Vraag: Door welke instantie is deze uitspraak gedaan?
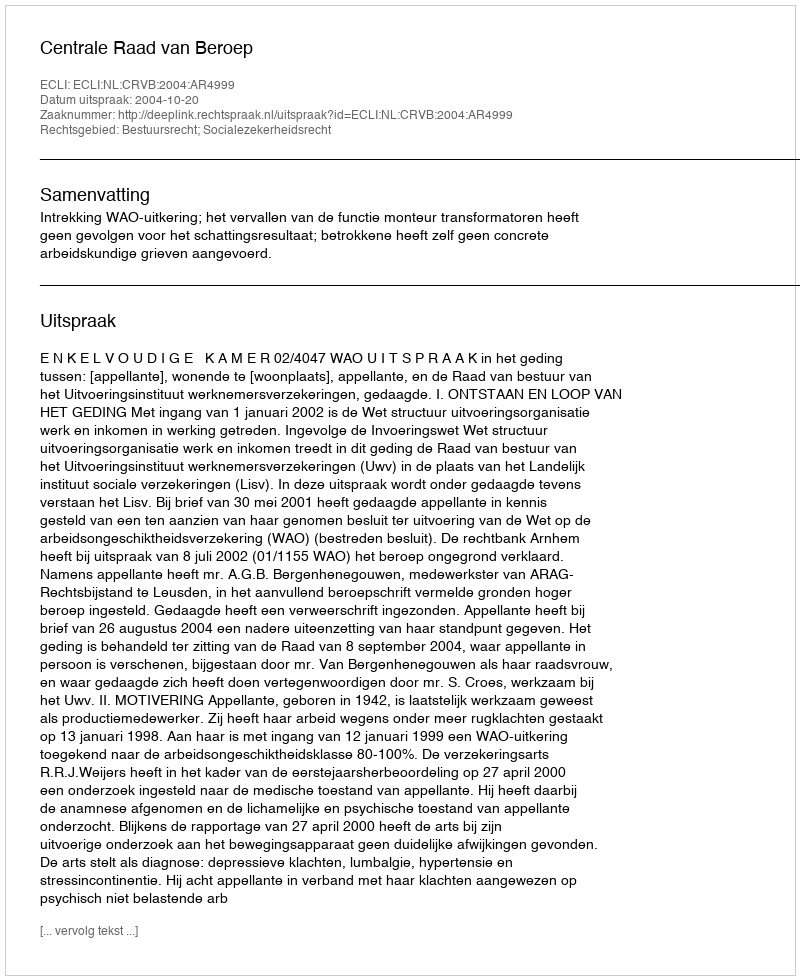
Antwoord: Centrale Raad van Beroep